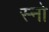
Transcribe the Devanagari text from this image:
स्‍नो